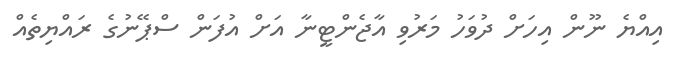
އިއްޔެ ނޫން އިހަށް ދުވަހު މަރުވި އާޖެންޓީނާ އަށް އުފަން ސްޕޭނުގެ ރައްޔިތެއް